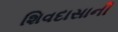
શિવદાસાની